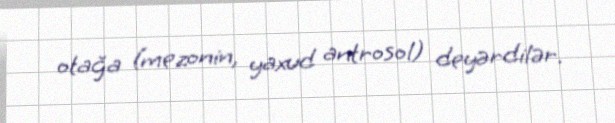
otağa (mezonin, yaxud antrosol) deyərdilər.